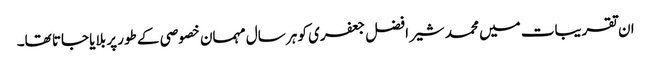
ان تقریبات میں محمد شیر افضل جعفری کو ہر سال مہمان خصوصی کے طور پر بلایا جاتا تھا۔